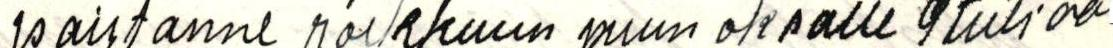
paistanne roikkuun puun oksalle stutioa